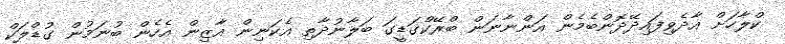
ކްލާހަށް އާދެވިފައިދޭދޮންބެމެން އަންނާނަން ބްރޭކްގަޑީގަ ބަލާނުދާތި އެކަނިން އާޒިން އެހެން ބުނަމުން ގުޑްލަކް